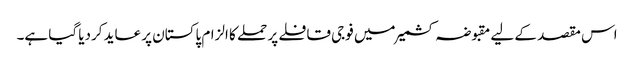
اس مقصد کے لیے مقبوضہ کشمیر میں فوجی قافلے پر حملے کا الزام پاکستان پر عاید کردیا گیا ہے۔